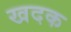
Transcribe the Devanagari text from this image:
खदक